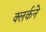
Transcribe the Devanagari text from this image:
क्लर्कने